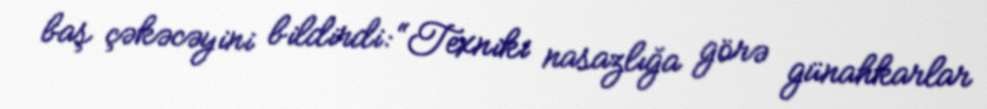
baş çəkəcəyini bildirdi: “Texniki nasazlığa görə günahkarlar